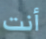
أنت